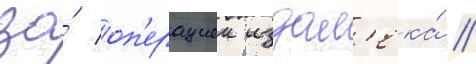
за́ оп'ерациеи издал'ека́ //